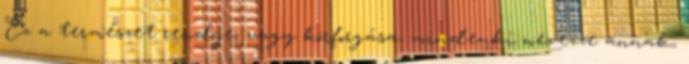
Ez a természet rendje, vagy körforgása, mindenki nevezze annak,